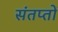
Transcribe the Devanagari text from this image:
संतप्तों